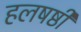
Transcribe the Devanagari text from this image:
हलषष्ठी